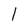
Character: l